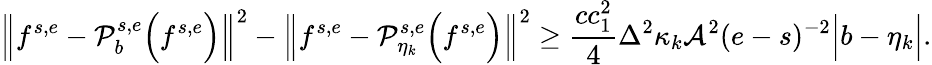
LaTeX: \Big\| f^{s,e}-\mathcal{P}_{b}^{s,e}\Big(f^{s,e}\Big)\Big\| ^{2}-\Big\| f^{s,e}-\mathcal{P}_{\eta_{k}}^{s,e}\Big(f^{s,e}\Big)\Big\| ^{2}\geq\frac{cc_{1}^{2}}{4}\Delta^{2}\kappa_{k}\mathcal{A}^{2}(e-s)^{-2}\Big|b-\eta_{k}\Big|.